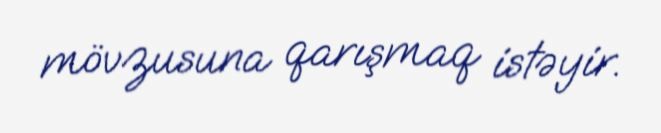
mövzusuna qarışmaq istəyir.